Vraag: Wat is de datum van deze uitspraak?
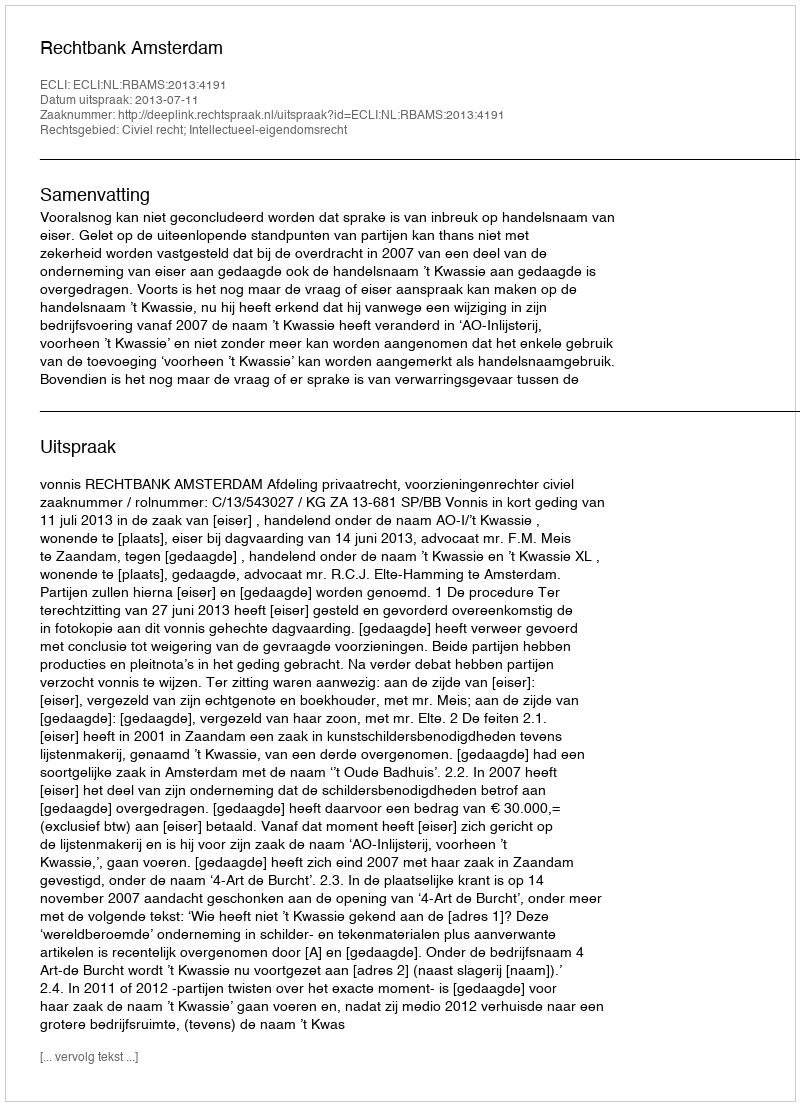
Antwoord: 2013-07-11